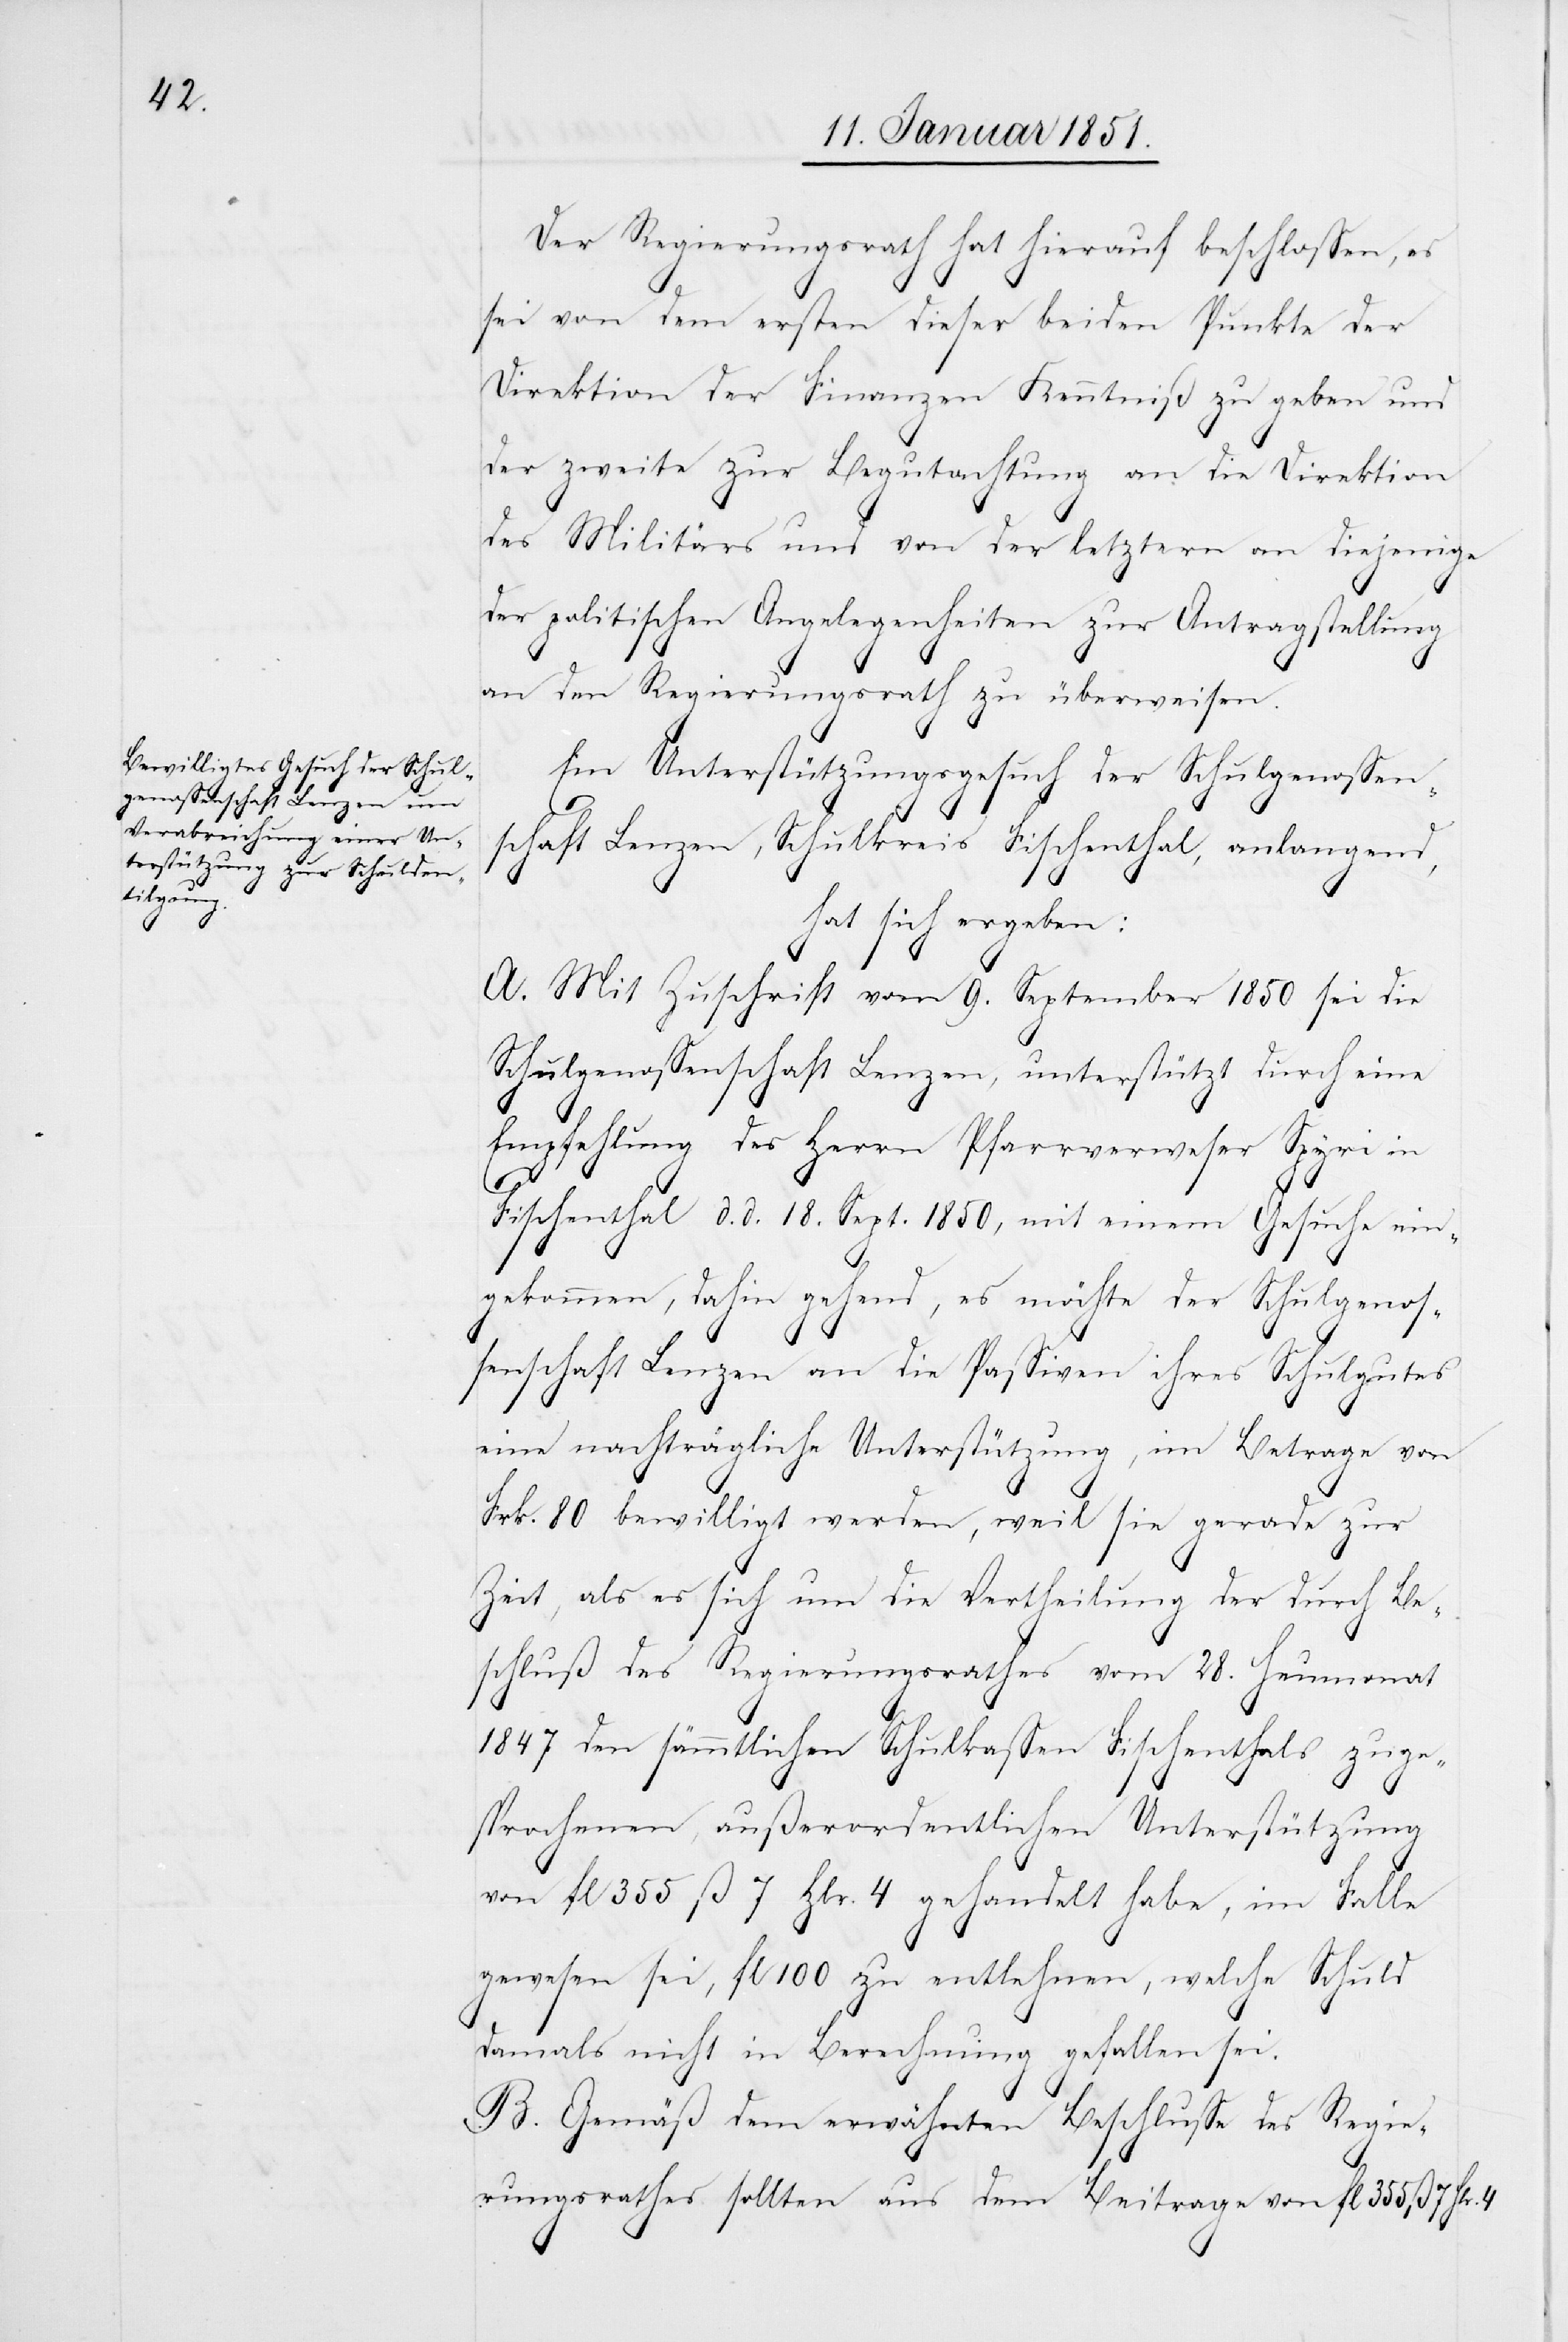
Der Regierungsrath hat hierauf beschlossen, es
sei von dem ersten dieser beiden Punkte der
Direktion der Finanzen Kenntniß zu geben und
der zweite zur Begutachtung an die Direktion
des Militärs und von der letztern an diejenige
der politischen Angelegenheiten zur Antragstellung
an den Regierungsrath zu überweisen.
Ein Unterstützungsgesuch der Schulgenossen¬
schaft Lenzen, Schulkreis Fischenthal, anlangend,
hat sich ergeben:
A. Mit Zuschrift vom 9. September 1850 sei die
Schulgenossenschaft Lenzen, unterstützt durch eine
Empfehlung des Herrn Pfarrverweser Spyri in
Fischenthal d. d. 18. Sept. 1850, mit einem Gesuche ein¬
gekommen, dahin gehend, es möchte der Schulgenos¬
senschaft Lenzen an die Passiven ihres Schulgutes
eine nachträgliche Unterstützung, im Betrage von
Frk. 80 bewilligt werden, weil sie gerade zur
Zeit, als es sich um die Vertheilung der durch Be¬
schluß des Regierungsrathes vom 28. Heumonat
1847 den sämmtlichen Schulkassen Fischenthals zuge¬
sprochenen, außerordentlichen Unterstützung
von fl. 355 ß. 7 Hlr. 4 gehandelt habe, im Falle
gewesen sei, fl. 100 zu entlehnen, welche Schuld
damals nicht in Berechnung gefallen sei.
B. Gemäß dem erwähnten Beschlusse des Regie¬
rungsrathes sollten aus dem Beitrage von fl. 355 ß. 7 Hlr.